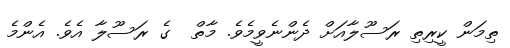
ތިމަން ކީރިތި ރަސޫލާއަށް ދެންނެވީމެވެ. މާތް  ގެ ރަސޫލާ އެވެ. އެންމެ